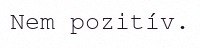
Nem pozitív.